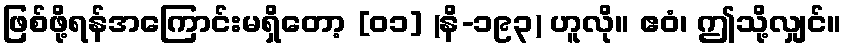
ဖြစ်ဖို့ရန်အကြောင်းမရှိတော့ [၀၁] (နိ-၁၉၃) ဟူလို။ ဧဝံ၊ ဤသို့လျှင်။